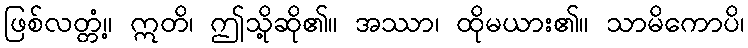
ဖြစ်လတ္တံ့။ ဣတိ၊ ဤသို့ဆို၏။ အဿာ၊ ထိုမယား၏။ သာမိကောပိ၊